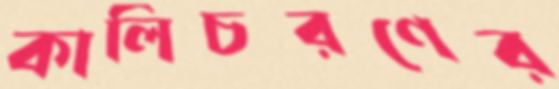
কালিচরণের